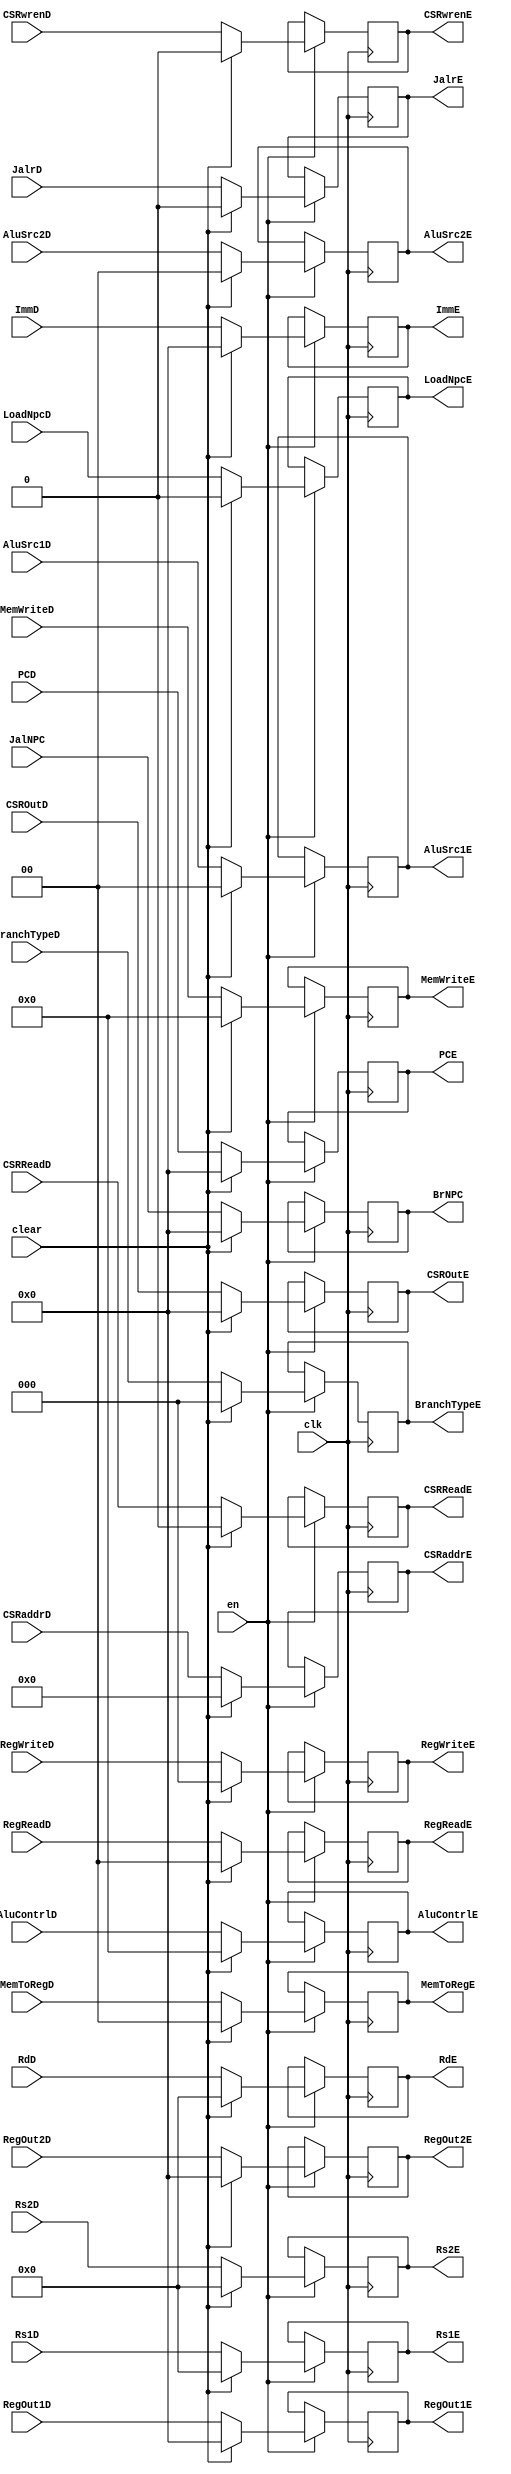
`timescale 1ns / 1ps
// OK
//////////////////////////////////////////////////////////////////////////////////
// Company: USTC ESLAB
//
// Design Name: RISCV-Pipline CPU
// Module Name: EXSegReg
// Target Devices: Nexys4
// Tool Versions: Vivado 2017.4.1
// Description: ID-EX Segment Register
//////////////////////////////////////////////////////////////////////////////////
//
    //EN==0
//
    //

module EXSegReg(
    input wire clk,
    input wire en,
    input wire clear,
    //Data Signals
    input wire [31:0] PCD,
    output reg [31:0] PCE,
    input wire [31:0] JalNPC,
    output reg [31:0] BrNPC,
    input wire [31:0] ImmD,
    output reg [31:0] ImmE,
    input wire [4:0] RdD,
    output reg [4:0] RdE,
    input wire [4:0] Rs1D,
    output reg [4:0] Rs1E,
    input wire [4:0] Rs2D,
    output reg [4:0] Rs2E,
    input wire [31:0] RegOut1D,
    output reg [31:0] RegOut1E,
    input wire [31:0] RegOut2D,
    output reg [31:0] RegOut2E,
    //Control Signals
    input wire JalrD,
    output reg JalrE,
    input wire [2:0] RegWriteD,
    output reg [2:0] RegWriteE,
    input wire [1:0] MemToRegD,
    output reg [1:0] MemToRegE,
    input wire [3:0] MemWriteD,
    output reg [3:0] MemWriteE,
    input wire LoadNpcD,
    output reg LoadNpcE,
    input wire [1:0] RegReadD,
    output reg [1:0] RegReadE,
    input wire [2:0] BranchTypeD,
    output reg [2:0] BranchTypeE,
    input wire [3:0] AluContrlD,
    output reg [3:0] AluContrlE,
    input wire [1:0] AluSrc1D,
    output reg [1:0] AluSrc1E,
    input wire [1:0] AluSrc2D,
    output reg [1:0] AluSrc2E,
    //CSR
    input wire [11:0] CSRaddrD,
    output reg [11:0] CSRaddrE,
    input wire [31:0] CSROutD,
    output reg [31:0] CSROutE,
    input wire CSRwrenD,CSRReadD,
    output reg CSRwrenE,CSRReadE
    );
    initial begin
        PCE        = 32'b0;
        BrNPC      = 32'b0;
        ImmE       = 32'b0;
        RdE        = 32'b0;
        Rs1E       = 5'b0;
        Rs2E       = 5'b0;
        RegOut1E   = 32'b0;
        RegOut2E   = 32'b0;
        JalrE      = 1'b0;
        RegWriteE  = 1'b0;
        MemToRegE  = 2'b0;
        MemWriteE  = 1'b0;
        LoadNpcE   = 1'b0;
        RegReadE   = 2'b00;
        BranchTypeE = 3'b0;
        AluContrlE = 4'b0;
        AluSrc1E   = 2'b0;
        AluSrc2E   = 2'b0;
        //CSR
        CSRaddrE = 0;
        CSROutE = 0;
        CSRwrenE = 0;
        CSRReadE = 0;
    end
    //
    always@(posedge clk) begin
        if(en)
            if(clear)
                begin
                PCE<=32'b0;
                BrNPC<=32'b0;
                ImmE<=32'b0;
                RdE<=32'b0;
                Rs1E<=5'b0;
                Rs2E<=5'b0;
                RegOut1E<=32'b0;
                RegOut2E<=32'b0;
                JalrE<=1'b0;
                RegWriteE<=1'b0;
                MemToRegE<=2'b0;
                MemWriteE<=1'b0;
                LoadNpcE<=1'b0;
                RegReadE<=2'b00;
                BranchTypeE <= 3'b0;
                AluContrlE<=4'b0;
                AluSrc1E<=2'b0;
                AluSrc2E<=2'b0;
                //CSR
                CSRaddrE = 0;
                CSROutE = 0;
                CSRwrenE = 0;
                CSRReadE = 0;
            end else begin
                PCE<=PCD;
                BrNPC<=JalNPC;
                ImmE<=ImmD;
                RdE<=RdD;
                Rs1E<=Rs1D;
                Rs2E<=Rs2D;
                RegOut1E<=RegOut1D;
                RegOut2E<=RegOut2D;
                JalrE<=JalrD;
                RegWriteE=RegWriteD;
                MemToRegE<=MemToRegD;
                MemWriteE<=MemWriteD;
                LoadNpcE<=LoadNpcD;
                RegReadE<=RegReadD;
                BranchTypeE <= BranchTypeD;
                AluContrlE<=AluContrlD;
                AluSrc1E<=AluSrc1D;
                AluSrc2E<=AluSrc2D;
                //CSR
                CSRaddrE <= CSRaddrD;
                CSROutE <= CSROutD;
                CSRwrenE <= CSRwrenD;
                CSRReadE <= CSRReadD;
            end
        end

endmodule